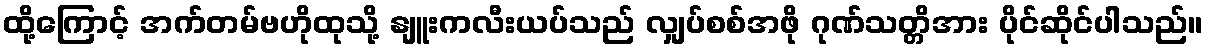
ထို့ကြောင့် အက်တမ်ဗဟိုထုသို့ နျူးကလီးယပ်သည် လျှပ်စစ်အဖို ဂုဏ်သတ္တိအား ပိုင်ဆိုင်ပါသည်။